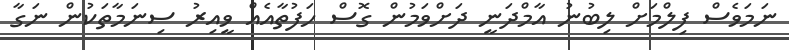
ނަމަވެސް ފިލްމަށް ލިބުނު އާމްދަނީ ދަށްވަމުން ގޮސް ހަފުތާއެއް ވީއިރު ސިނަމާތަކުން ނަގާ